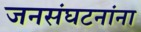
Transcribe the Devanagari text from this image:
जनसंघटनांना